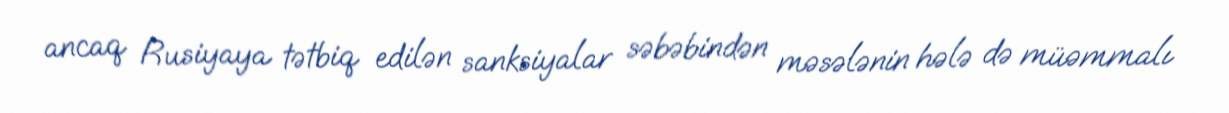
ancaq Rusiyaya tətbiq edilən sanksiyalar səbəbindən məsələnin hələ də müəmmalı